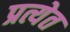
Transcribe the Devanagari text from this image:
प्रत्येत